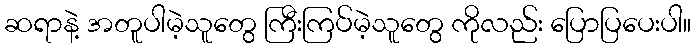
ဆရာနဲ့ အတူပါမဲ့သူတွေ ကြီးကြပ်မဲ့သူတွေ ကိုလည်း ပြောပြပေးပါ။